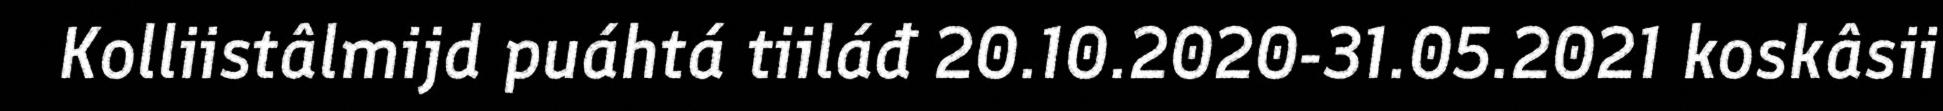
Kolliistâlmijd puáhtá tiiláđ 20.10.2020-31.05.2021 koskâsii